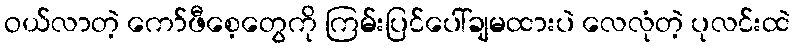
ဝယ်လာတဲ့ ကော်ဖီစေ့တွေကို ကြမ်းပြင်ပေါ်ချမထားပဲ လေလုံတဲ့ ပုလင်းထဲ